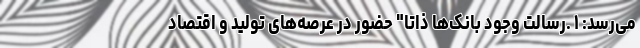
می‌رسد: ۱ .رسالت وجود بانک‌ها ذاتا" حضور در عرصه‌های تولید و اقتصاد